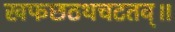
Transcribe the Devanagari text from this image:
खफछठथचटतव्॥